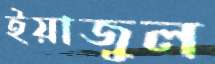
ইয়াজুল